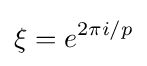
\xi =e^{2\pi i/p}